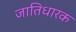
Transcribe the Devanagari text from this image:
जातिधारक